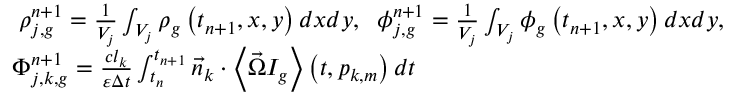
\begin{array} { l } { { \; \rho _ { j , g } ^ { n + 1 } = \frac { 1 } { V _ { j } } \int _ { V _ { j } } \rho _ { g } \left( t _ { n + 1 } , x , y \right) d x d y , \mathrm { \; \; } \phi _ { j , g } ^ { n + 1 } = \frac { 1 } { V _ { j } } \int _ { V _ { j } } \phi _ { g } \left( t _ { n + 1 } , x , y \right) d x d y , } } \\ { { \Phi _ { j , k , g } ^ { n + 1 } = \frac { c l _ { k } } { \varepsilon \Delta t } \int _ { t _ { n } } ^ { t _ { n + 1 } } \vec { n } _ { k } \cdot \left\langle \vec { \Omega } I _ { g } \right\rangle \left( t , p _ { k , m } \right) d t } } \end{array}